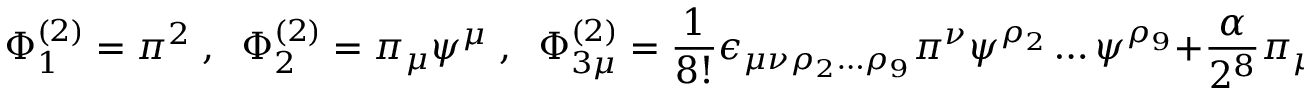
\Phi _ { 1 } ^ { ( 2 ) } = \pi ^ { 2 } \; , \; \; \Phi _ { 2 } ^ { ( 2 ) } = \pi _ { \mu } \psi ^ { \mu } \; , \; \; \Phi _ { 3 \mu } ^ { ( 2 ) } = \frac { 1 } { 8 ! } \epsilon _ { \mu \nu \rho _ { 2 } \ldots \rho _ { 9 } } \pi ^ { \nu } \psi ^ { \rho _ { 2 } } \ldots \psi ^ { \rho _ { 9 } } + \frac { \alpha } { 2 ^ { 8 } } \pi _ { \mu } \; .